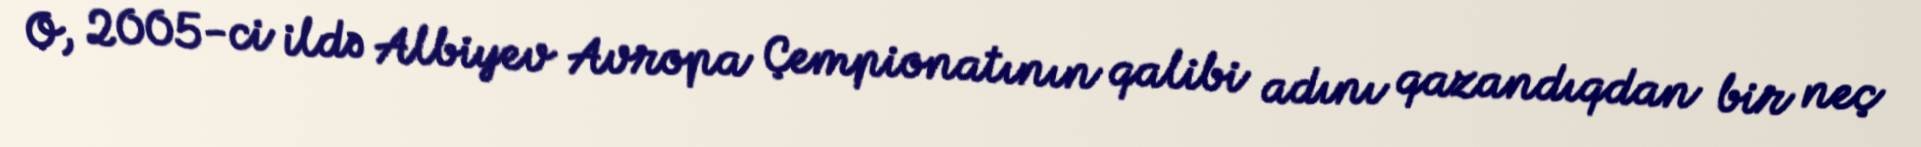
O, 2005-ci ildə Albiyev Avropa Çempionatının qalibi adını qazandıqdan bir neç